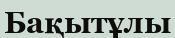
Бақытұлы